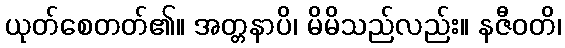
ယုတ်စေတတ်၏။ အတ္တနာပိ၊ မိမိသည်လည်း။ နဇီဝတိ၊